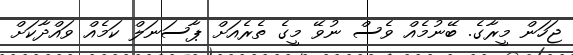
ޖަހަން މީރާގެ. ބޭނުމެއް ވެސް ނުވޭ މީގެ ތެރެއަށް ޕާސަނަލް ކަމެއް ވައްދާކަށް